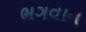
ભગવાન